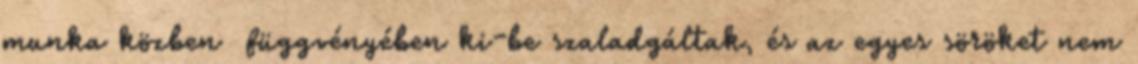
munka közben függvényében ki-be szaladgáltak, és az egyes söröket nem